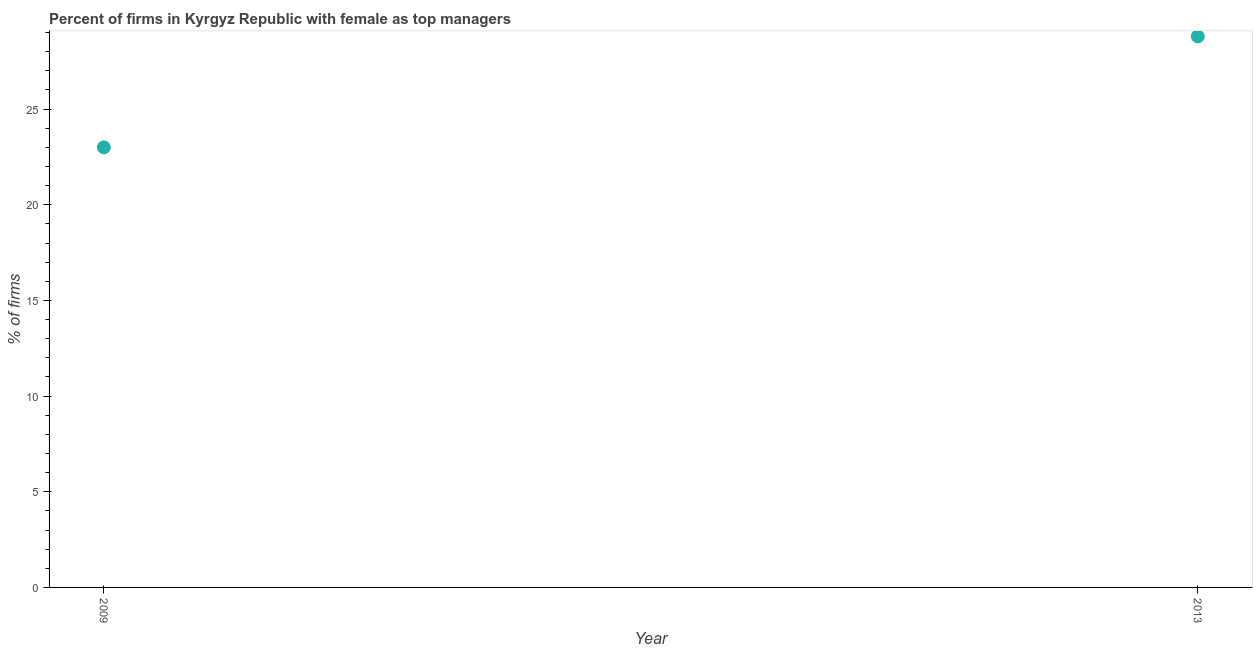
| Year | Firms with female top manager |
 | --- | --- |
 | 2009 | 23 |
 | 2013 | 28.8 |